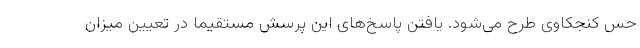
حس کنجکاوی طرح می‌شود. یافتن پاسخ‌های این پرسش مستقیماً در تعیین میزان